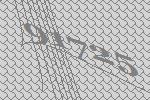
91725